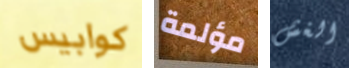
كوابيس مؤلمة الغش